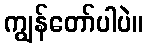
ကျွန်တော်ပါပဲ။